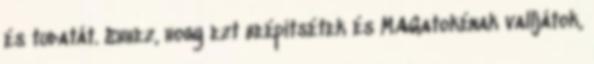
és tudatát. Ehhez, hogy ezt beépítsétek és MAGatokénak valljátok,